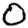
Digit: 0